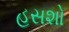
હસશો